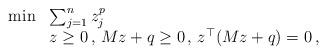
LaTeX: \begin{align*}\begin{array}{rl}\min & \sum_{j=1}^n z_j^{p}\\ & z\ge 0\,,\,Mz+q\ge 0\,,\,z^\top (Mz+q)=0\,,\end{array}\end{align*}